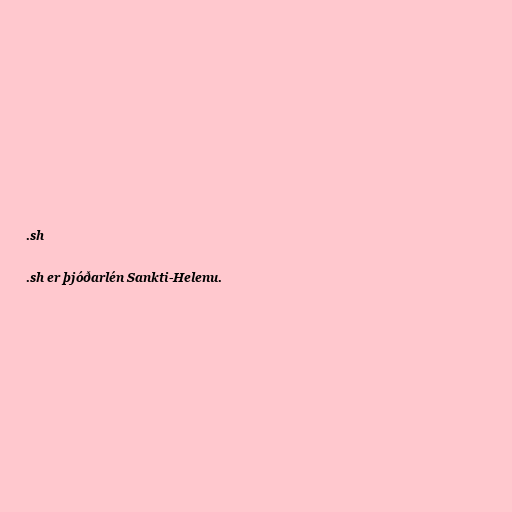
.sh

.sh er þjóðarlén Sankti-Helenu.